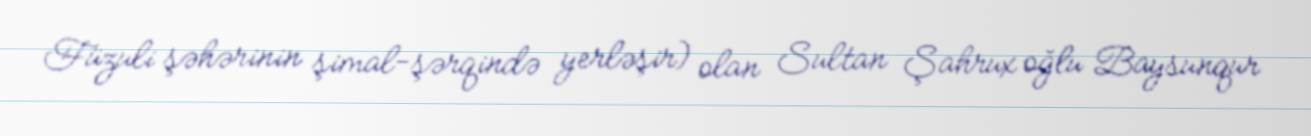
Füzuli şəhərinin şimal-şərqində yerləşir) olan Sultan Şahrux oğlu Baysunqur